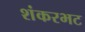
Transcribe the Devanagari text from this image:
शंकरभट